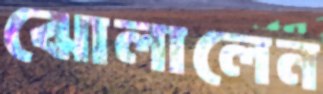
ঝোলালেন